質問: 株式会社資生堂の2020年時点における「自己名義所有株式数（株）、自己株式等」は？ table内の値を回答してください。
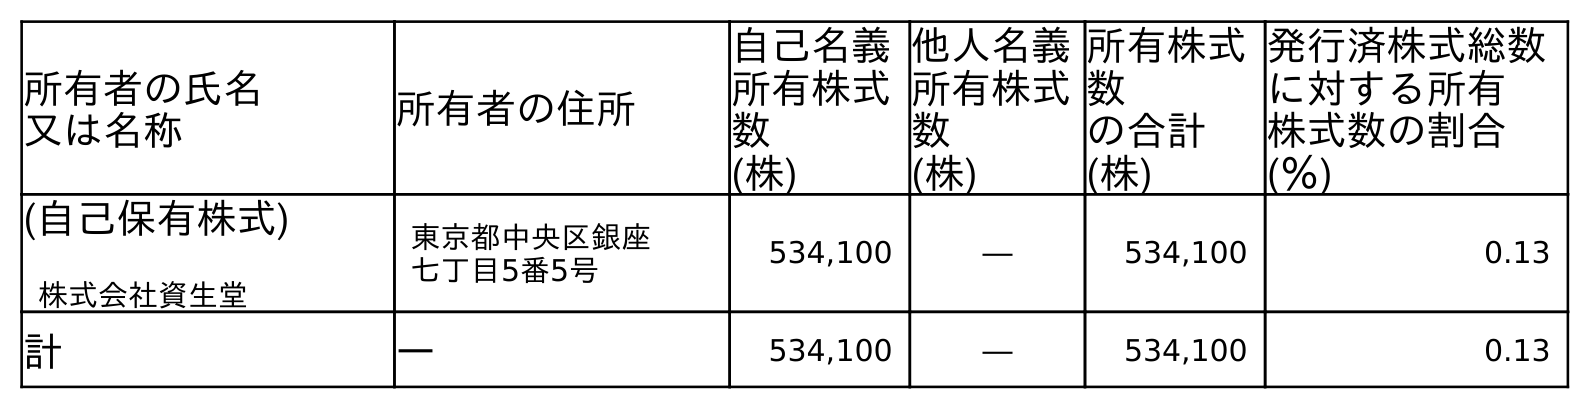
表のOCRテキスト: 所有者の氏名 又は名称 所有者の住所 自己名義 所有株式 数 (株) 他人名義 所有株式 数 (株) 所有株式 数 の合計 (株) 発行済株式総数 に対する所有 株式数の割合 (％) (自己保有株式) 株式会社資生堂 東京都中央区銀座 七丁目5番5号 534,100 ― 534,100 0.13 計 ― 534,100 ― 534,100 0.13
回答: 534,100